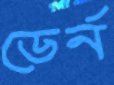
ডের্ন